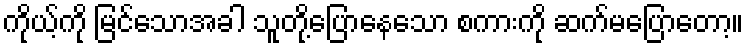
ကိုယ့်ကို မြင်သောအခါ သူတို့ပြောနေသော စကားကို ဆက်မပြောတော့။